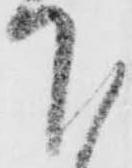
下